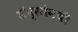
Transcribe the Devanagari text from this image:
डॅप्सोनची